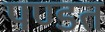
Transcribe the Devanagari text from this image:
पण्डत